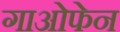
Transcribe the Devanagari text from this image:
गाओफेन